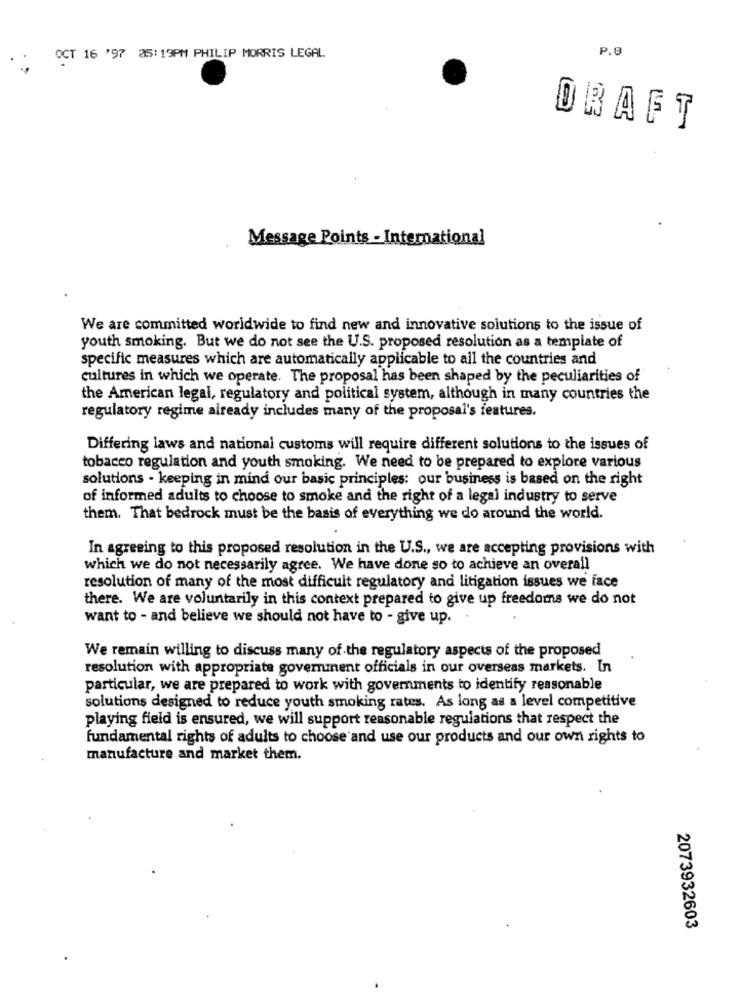
P.8
OCT 16 '97 05:19PM PHILIP MORRIS LEGAL
DRAFT
Message Points - International
We are committed worldwide to find new and innovative solutions to the issue of
youth smoking. But we do not see the U.S. proposed resolution as a template of
specific measures which are automatically applicable to all the countries and
cultures in which we operate. The proposal has been shaped by the peculiarities of
the American legal, regulatory and political system, although in many countries the
regulatory regime already includes many of the proposal's features.
Differing laws and national customs will require different solutions to the issues of
tobacco regulation and youth smoking. We need to be prepared to explore various
solutions - keeping in mind our basic principles: our business is based on the right
of informed adults to choose to smoke and the right of a legal industry to serve
them. That bedrock must be the basis of everything we do around the world.
In agreeing to this proposed resolution in the U.S ., we are accepting provisions with
which we do not necessarily agree. We have done so to achieve an overall
resolution of many of the most difficult regulatory and litigation issues we' face
there. We are voluntarily in this context prepared to give up freedoms we do not
want to - and believe we should not have to - give up.
We remain willing to discuss many of the regulatory aspects of the proposed
resolution with appropriate government officials in our overseas markets. In
particular, we are prepared to work with governments to identify reasonable
solutions designed to reduce youth smoking rates. As long as a level competitive
playing field is ensured, we will support reasonable regulations that respect the
fundamental rights of adults to choose and use our products and our own rights to
manufacture and market them.
2073932603